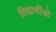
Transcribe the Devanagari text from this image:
विद्यार्थीओ